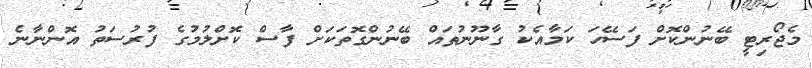
މެޖޯރިޓީ ބޭނުންކޮށް ފަސޭހަ ކަމާއެކު ގާނޫނުތައް ބޭނުންގޮތަކަށް ފާސް ކޮށްލުމުގެ ފުރުސަތު އޮންނާނެ